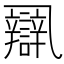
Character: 𨐾